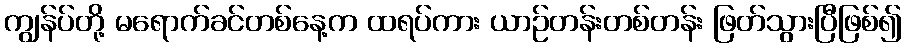
ကျွန်ပ်တို့ မရောက်ခင်တစ်နေ့က ထရပ်ကား ယာဉ်တန်းတစ်တန်း ဖြတ်သွားပြီဖြစ်၍